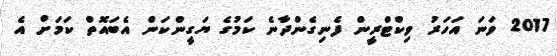
2017 ވަނަ އަހަރު ވިކްޓްރީން ފެނިގެންދާނެ ކަމުގެ ޔަގީންކަން އެބައޮތް ކަމަށް އެ